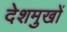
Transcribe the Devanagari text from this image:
देशमुखों